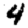
Digit: 4